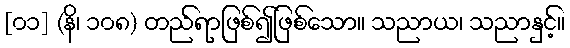
[၀၁] (နိ၊ ၁၀၈) တည်ရာဖြစ်၍ဖြစ်သော။ သညာယ၊ သညာနှင့်။